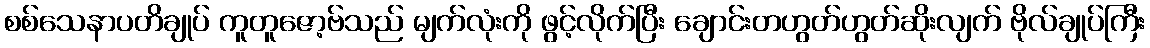
စစ်သေနာပတိချုပ် ကူတူဇော့ဗ်သည် မျက်လုံးကို ဖွင့်လိုက်ပြီး ချောင်းတဟွတ်ဟွတ်ဆိုးလျက် ဗိုလ်ချုပ်ကြီး